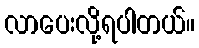
လာပေးလို့ရပါတယ်။